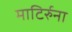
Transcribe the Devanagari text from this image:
माटिर्रुना